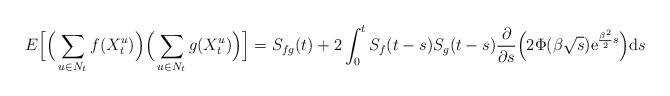
LaTeX: \begin{align*}E \Big[ \Big( \sum_{u \in N_t} f(X^u_t) \Big) \Big( \sum_{u \in N_t} g(X^u_t) \Big) \Big] = S_{fg}(t) + 2 \int_0^t S_f(t - s) S_g(t - s) \frac{\partial}{\partial s} \Big( 2 \Phi(\beta \sqrt{s}) \mathrm{e}^{\frac{\beta^2}{2}s} \Big) \mathrm{d}s \end{align*}